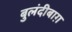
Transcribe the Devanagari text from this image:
बुलंदीबाग़